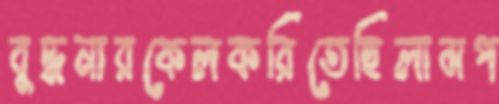
বুদ্ধনারকেলকরিতেছিলামপ